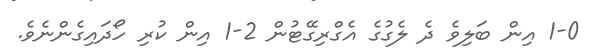
1-0 އިން ބަލިވެ ދެ ލެގުގެ އެގްރިގޭޓުން 2-1 އިން ކުރި ހޯދައިގެންނެވެ.